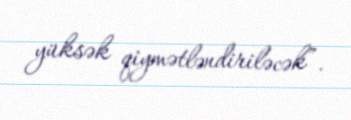
yüksək qiymətləndiriləcək”.